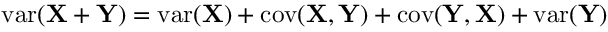
\operatorname { v a r } ( \mathbf { X } + \mathbf { Y } ) = \operatorname { v a r } ( \mathbf { X } ) + \operatorname { c o v } ( \mathbf { X } , \mathbf { Y } ) + \operatorname { c o v } ( \mathbf { Y } , \mathbf { X } ) + \operatorname { v a r } ( \mathbf { Y } )